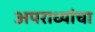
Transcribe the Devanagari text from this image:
अपराध्यांचा